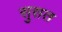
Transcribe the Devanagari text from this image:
सुसत